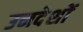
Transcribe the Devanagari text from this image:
उनदेशों